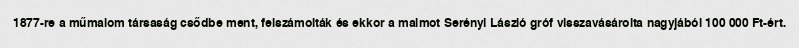
1877-re a műmalom társaság csődbe ment, felszámolták és ekkor a malmot Serényi László gróf visszavásárolta nagyjából 100 000 Ft-ért.